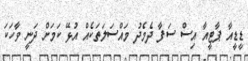
ޑީޑީއާ ޕާޓީއާ އިސް ސަފާ ދެމެދު މައްސަލަތަކެއް އުޅޭ ކަމަށް ދަނީ ވާހަކަ